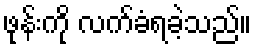
ဖုန်းကို လက်ခံရခဲ့သည်။